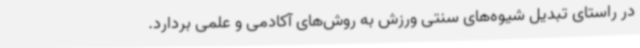
در راستای تبدیل شیوه‌های سنتی ورزش به روش‌های آکادمی و علمی بردارد.